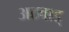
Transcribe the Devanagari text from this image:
अठवाड्